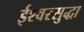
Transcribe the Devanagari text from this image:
ईश्वरसुद्धा